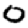
Digit: 0